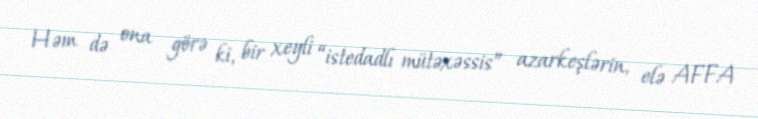
Həm də ona görə ki, bir xeyli “istedadlı mütəxəssis” azarkeşlərin, elə AFFA